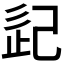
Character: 𢀽